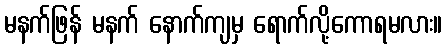
မနက်ဖြန် မနက် နောက်ကျမှ ရောက်လို့ကောရမလား။